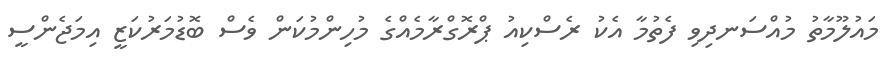
މައުލޫމާތު މުއްސަނދިވި ފެތުމާ އެކު ރެސްކިއު ޕްރޮގްރާމެއްގެ މުހިންމުކަން ވެސް ބޮޑުމަރުކަޒީ އިމަޖެންސީ